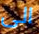
الى